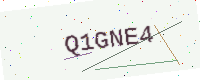
Text: Q1GNE4